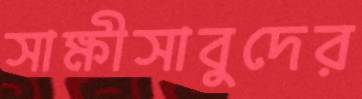
সাক্ষীসাবুদের